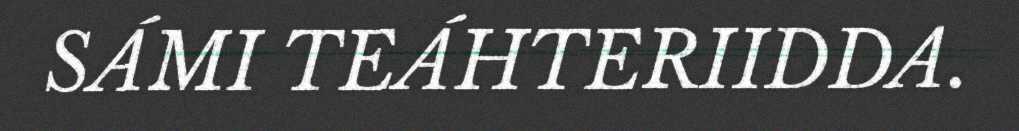
SÁMI TEÁHTERIIDDA.